Sketch of the medical history of the native army of Bombay, for the year
Year: 1875
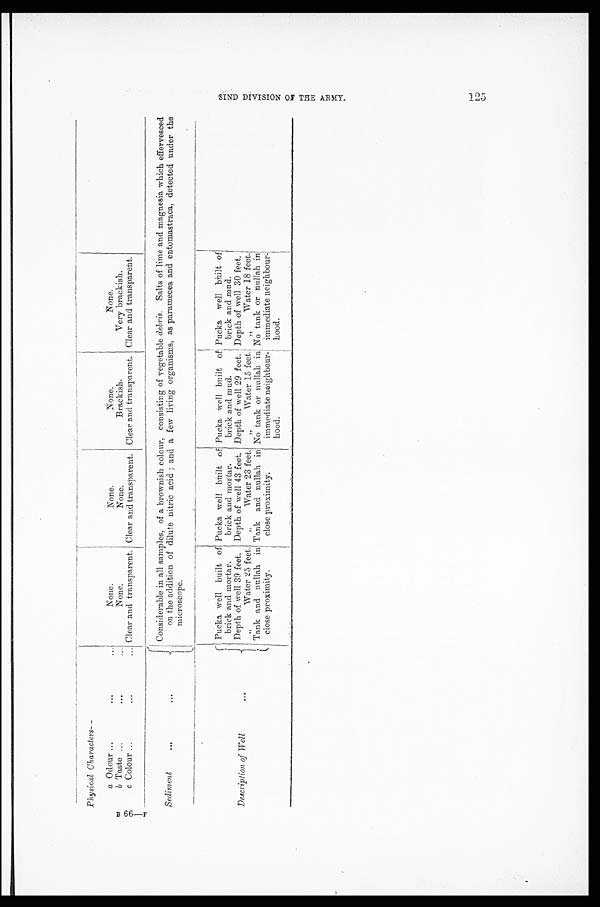
Physical C h a r a c t e r s —
a Odour ...
... ...
None.
None.
None.
None.
b Taste ...
...
None.
None.
Brackish.
Very brackish.
c Colour ...
...
... Clear and transparent. Clear and transparent. Clear and transparent. Clear and transparent.
Sediment
...
Considerable in all samples, of a brownish colour, consisting of vegetable debris. Salts of lime and magnesia which effervesced
on the addition of dilute nitric acid ; and a few living organisms, as paramecea and entomastraca, detected under the
microscope.
Description of Well
. . .
Pucka well built of
brick and mortar.
Depth of well 39 feet.
Pucka well built of
brick and mortar.
Depth of well 43 feet.
Pucka Well built of
brick and mud.
Depth of well 29 feet.
Pucka well built of
brick and mud.
Depth of well 30 feet.
,, Water 25 feet.
Tank and nullah in
close proximity.
,,
Water 23 feet.
Tank and nullah in
close proximity.
„
Water 15 feet
No tank or nullah in
immediate neighbour-
hood.
,,
Water 18 feet.
No tank or nullah in
immediate neighbour-
hood.
S I N D D I V I S I O N O F T H E A R M Y . 1 2 5